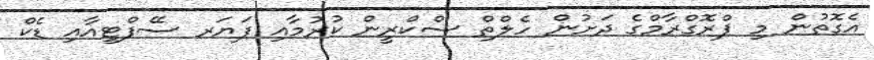
އެގޮތުން މި ޕްރޮގްރާމްގެ ދަށުން ހެލްތް ސްކްރީން ކުރުމާއި ފަޔަރ ސޭފްޓީއާއި ޑެކް